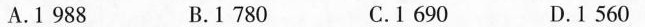
A . 1988 B . 1780 C . 1690 D . 1560